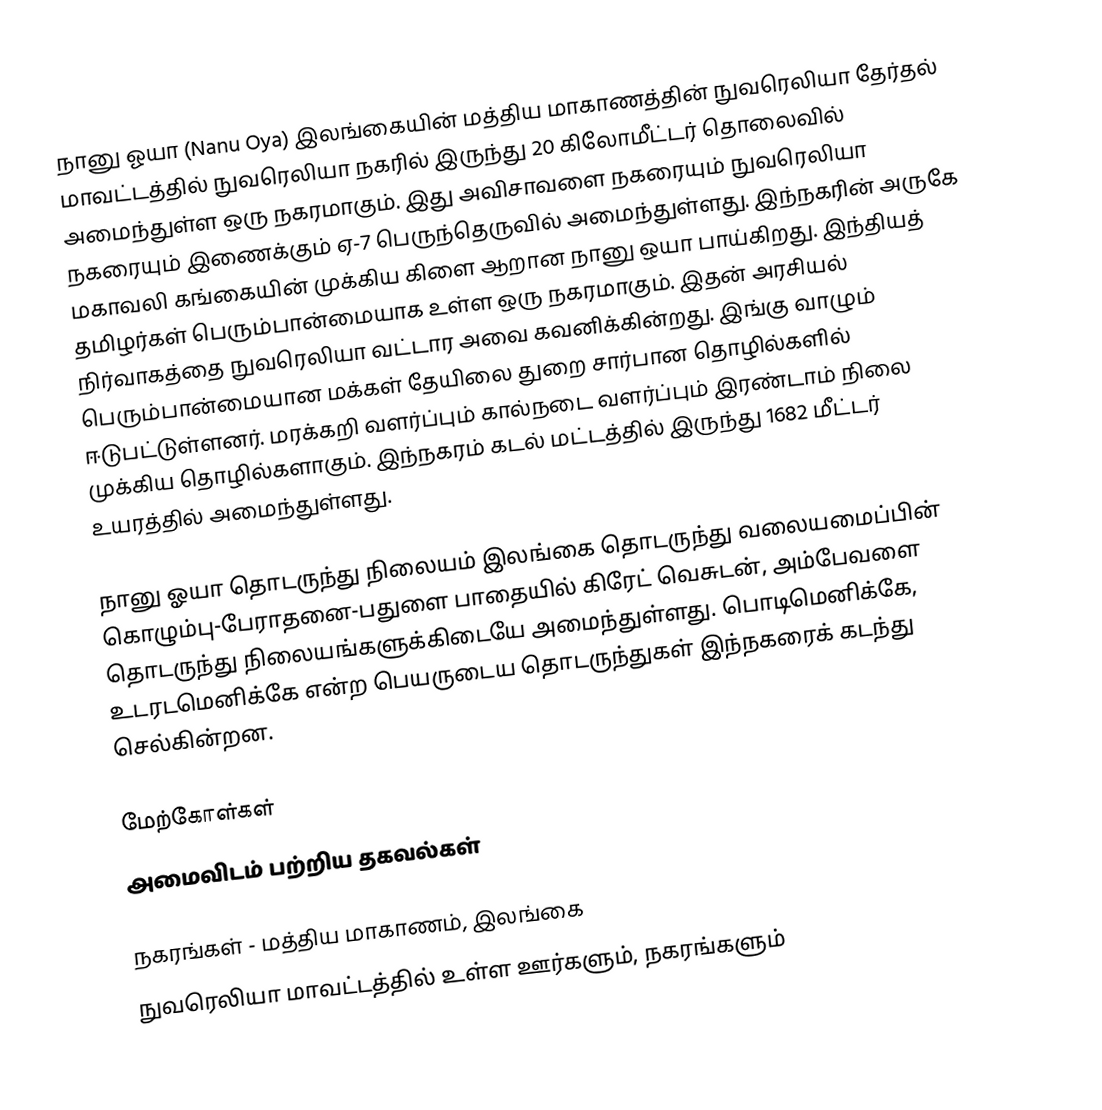
நானு ஓயா (Nanu Oya) இலங்கையின் மத்திய மாகாணத்தின்  நுவரெலியா தேர்தல் மாவட்டத்தில் நுவரெலியா நகரில் இருந்து 20 கிலோமீட்டர் தொலைவில் அமைந்துள்ள ஒரு நகரமாகும். இது அவிசாவளை நகரையும் நுவரெலியா நகரையும் இணைக்கும் ஏ-7 பெருந்தெருவில் அமைந்துள்ளது. இந்நகரின் அருகே மகாவலி கங்கையின் முக்கிய கிளை ஆறான நானு ஒயா பாய்கிறது. இந்தியத் தமிழர்கள் பெரும்பான்மையாக உள்ள ஒரு நகரமாகும். இதன் அரசியல் நிர்வாகத்தை நுவரெலியா வட்டார அவை கவனிக்கின்றது. இங்கு வாழும் பெரும்பான்மையான மக்கள் தேயிலை துறை சார்பான தொழில்களில் ஈடுபட்டுள்ளனர். மரக்கறி வளர்ப்பும் கால்நடை வளர்ப்பும் இரண்டாம் நிலை முக்கிய தொழில்களாகும். இந்நகரம் கடல் மட்டத்தில் இருந்து 1682 மீட்டர் உயரத்தில் அமைந்துள்ளது.

நானு ஓயா தொடருந்து நிலையம் இலங்கை தொடருந்து வலையமைப்பின் கொழும்பு-பேராதனை-பதுளை பாதையில் கிரேட் வெசுடன், அம்பேவளை தொடருந்து நிலையங்களுக்கிடையே அமைந்துள்ளது. பொடிமெனிக்கே, உடரடமெனிக்கே என்ற பெயருடைய தொடருந்துகள் இந்நகரைக் கடந்து செல்கின்றன.

மேற்கோள்கள்
அமைவிடம் பற்றிய தகவல்கள்

நகரங்கள் - மத்திய மாகாணம், இலங்கை
நுவரெலியா மாவட்டத்தில் உள்ள ஊர்களும், நகரங்களும்